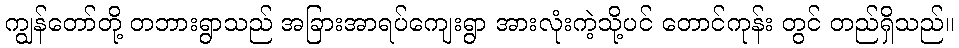
ကျွန်တော်တို့ တဘားရွာသည် အခြားအာရပ်ကျေးရွာ အားလုံးကဲ့သို့ပင် တောင်ကုန်း တွင် တည်ရှိသည်။